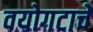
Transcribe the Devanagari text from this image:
वयोगटाचे